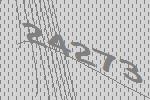
24273